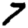
Digit: 7